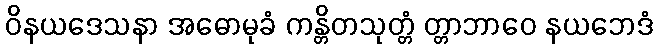
ဝိနယဒေသနာ အဓောမုခံ ကန္တိတသုတ္တံ တ္တာဘာဝေ နယဘေဒံ